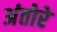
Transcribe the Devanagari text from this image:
अंतोरे